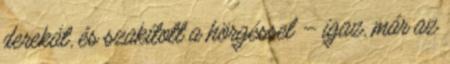
derekát, és szakított a hörgéssel – igaz, már az